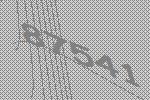
87541